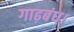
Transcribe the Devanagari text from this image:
गाढ़बंध।